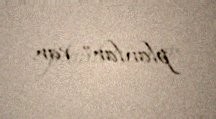
planlar” var.